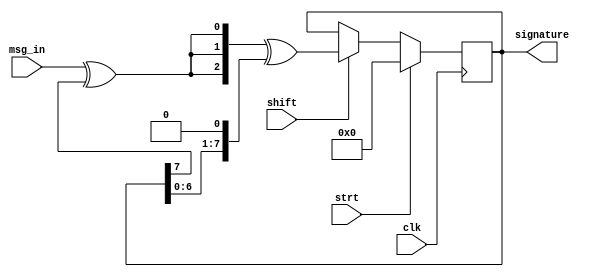
module CRC(clk,strt,shift,msg_in ,signature);

input clk,strt,shift,msg_in;

output [7:0] signature;

reg [7:0] signature;

wire [7:0] nxt_signature;
wire fb;

always @(posedge clk)
  if (strt)
    signature <= 8'h00;
  else if (shift)
    signature <= nxt_signature;

assign fb = msg_in ^ signature[7];
assign nxt_signature = ({5'h00,fb,fb,fb})^({signature[6:0],1'b0});

endmodule